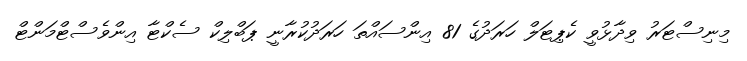
މިނިސްޓަރު ވިދާޅުވީ ކެޕިޓަލް ހަރަދުގެ 81 އިންސައްތަ ހަރަދުކުރާނީ ޕަބްލިކް ސެކްޓާ އިންވެސްޓްމަންޓް